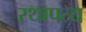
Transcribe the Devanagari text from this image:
रथापत्य